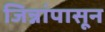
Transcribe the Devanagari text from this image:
जिन्नांपासून